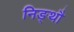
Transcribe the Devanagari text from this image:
निङ्थौ